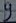
Text: 9